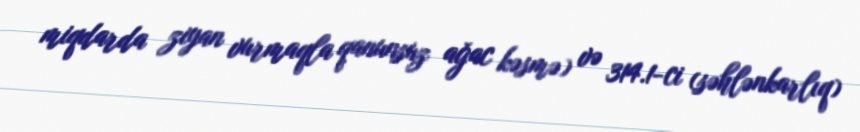
miqdarda ziyan vurmaqla qanunsuz ağac kəsmə) və 314.1-ci (səhlənkarlıq)